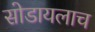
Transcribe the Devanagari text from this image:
सोडायलाच